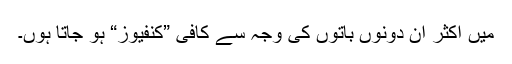
میں اکثر ان دونوں باتوں کی وجہ سے کافی ”کنفیوز“ ہو جاتا ہوں۔